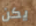
يكن